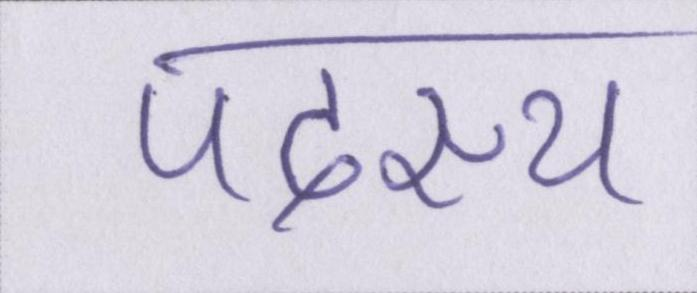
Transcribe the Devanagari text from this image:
पदस्थ